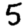
Digit: 5